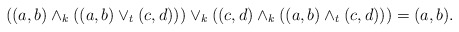
\begin{align*}((a,b)\wedge_k((a,b)\vee_t( c,d)))\vee_k((c,d)\wedge_k((a,b)\wedge_t(c,d)))=(a,b).\end{align*}